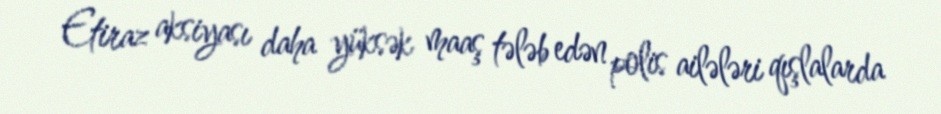
Etiraz aksiyası daha yüksək maaş tələb edən polis ailələri qışlalarda